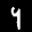
Label: 9